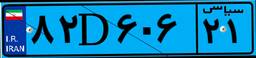
۸۲D۶۰۶۲۱